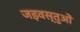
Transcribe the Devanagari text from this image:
जड़वस्तुओं